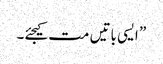
” ایسی باتیں مت کیجئے۔